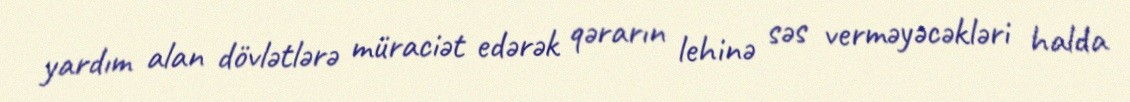
yardım alan dövlətlərə müraciət edərək qərarın lehinə səs verməyəcəkləri halda